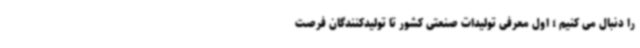
را دنبال می کنیم ؛ اول معرفی تولیدات صنعتی کشور تا تولیدکنندگان فرصت